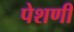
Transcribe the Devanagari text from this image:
पेशणी